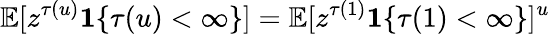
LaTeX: \mathbb{E}[z^{\tau(u)}\mathbf{1}\{ \tau(u)<\infty\} ]=\mathbb{E}[z^{\tau(1)}\mathbf{1}\{ \tau(1)<\infty\} ]^{u}